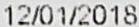
12/01/2018